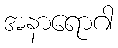
အနာရောဂါ